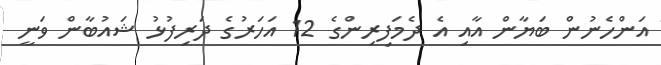
އަންހެނުން ބަޔާން އާއި އެ ދެމަފިރިންގެ 12 އަހަރުގެ ދަރިފުޅު ޝައުބާން ވަނީ